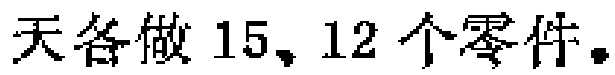
天各做 15, 12 个零件.